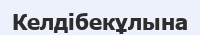
Келдібекұлына